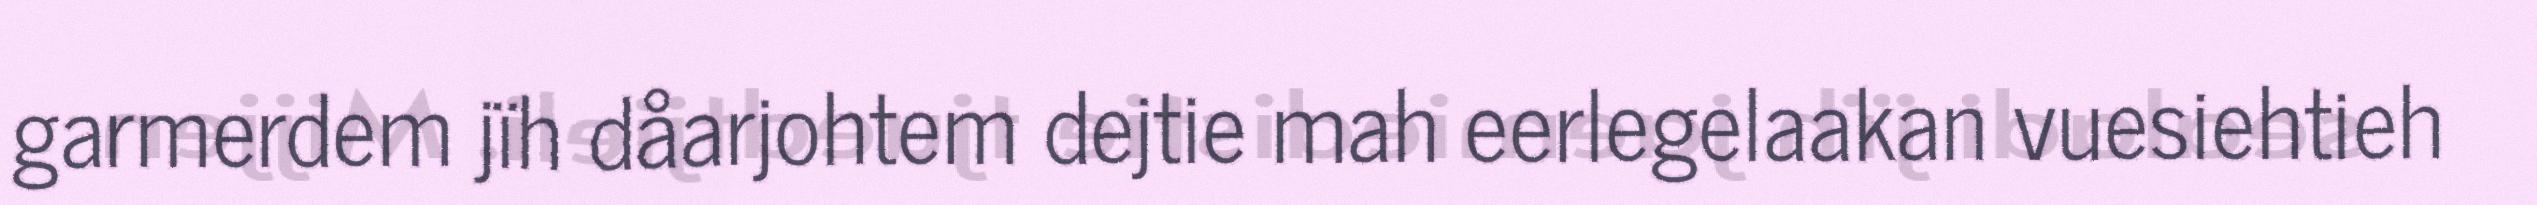
garmerdem jïh dåarjohtem dejtie mah eerlegelaakan vuesiehtieh